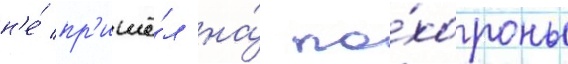
н'е́ пр'ишё́л на́ по́хороны